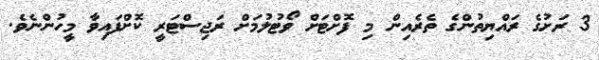
3 ރަށުގެ ރައްޔިތުންގެ ތެރެއިން މި ފޮށްޓަށް ވޯޓުލުމަށް ރަޖިސްޓަރީ ކޮށްފައިވާ މީހުންނެވެ.